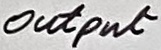
Text: Output